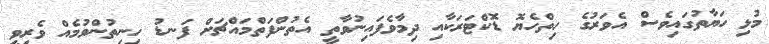
މުޅި ހަޔާތުގައިވެސް އެވަރުގެ ހިތްހެޔޮ ޑޮކްޓަރަކާއި ދިމާވެފައިނުވާތީ އެތުންފަތްމައްޗަށް ފަނޑު ހިނިތުންވުމެއް ވެރިވީ